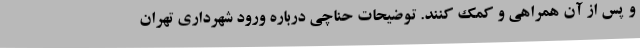
و پس از آن همراهی و کمک کنند. توضیحات حناچی درباره ورود شهرداری تهران